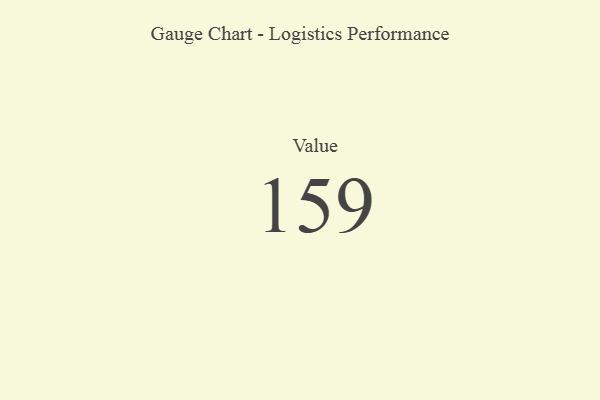
{"axis": {"x": "Metric", "y": "Value"}, "legend": [""], "data": [{"x": "Value", "y": 159, "type": ""}]}